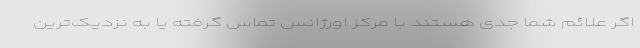
اگر علائم شما جدی هستند با مرکز اورژانس تماس گرفته یا به نزدیک‌ترین